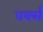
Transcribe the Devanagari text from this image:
वर्क्स